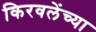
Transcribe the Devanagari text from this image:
किरवलेंच्या